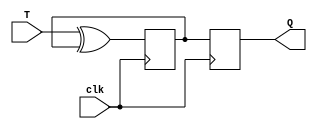
module tff (
    input T,
    input clk,
    output reg Q
);

reg Q1, Q2;

always @(posedge clk) begin
    Q1 <= T ^ Q1; // Toggle the value of Q1 based on T input
    Q2 <= Q1; // Pass the value of Q1 to Q2 on the next clock edge
end

assign Q = Q2;

endmodule